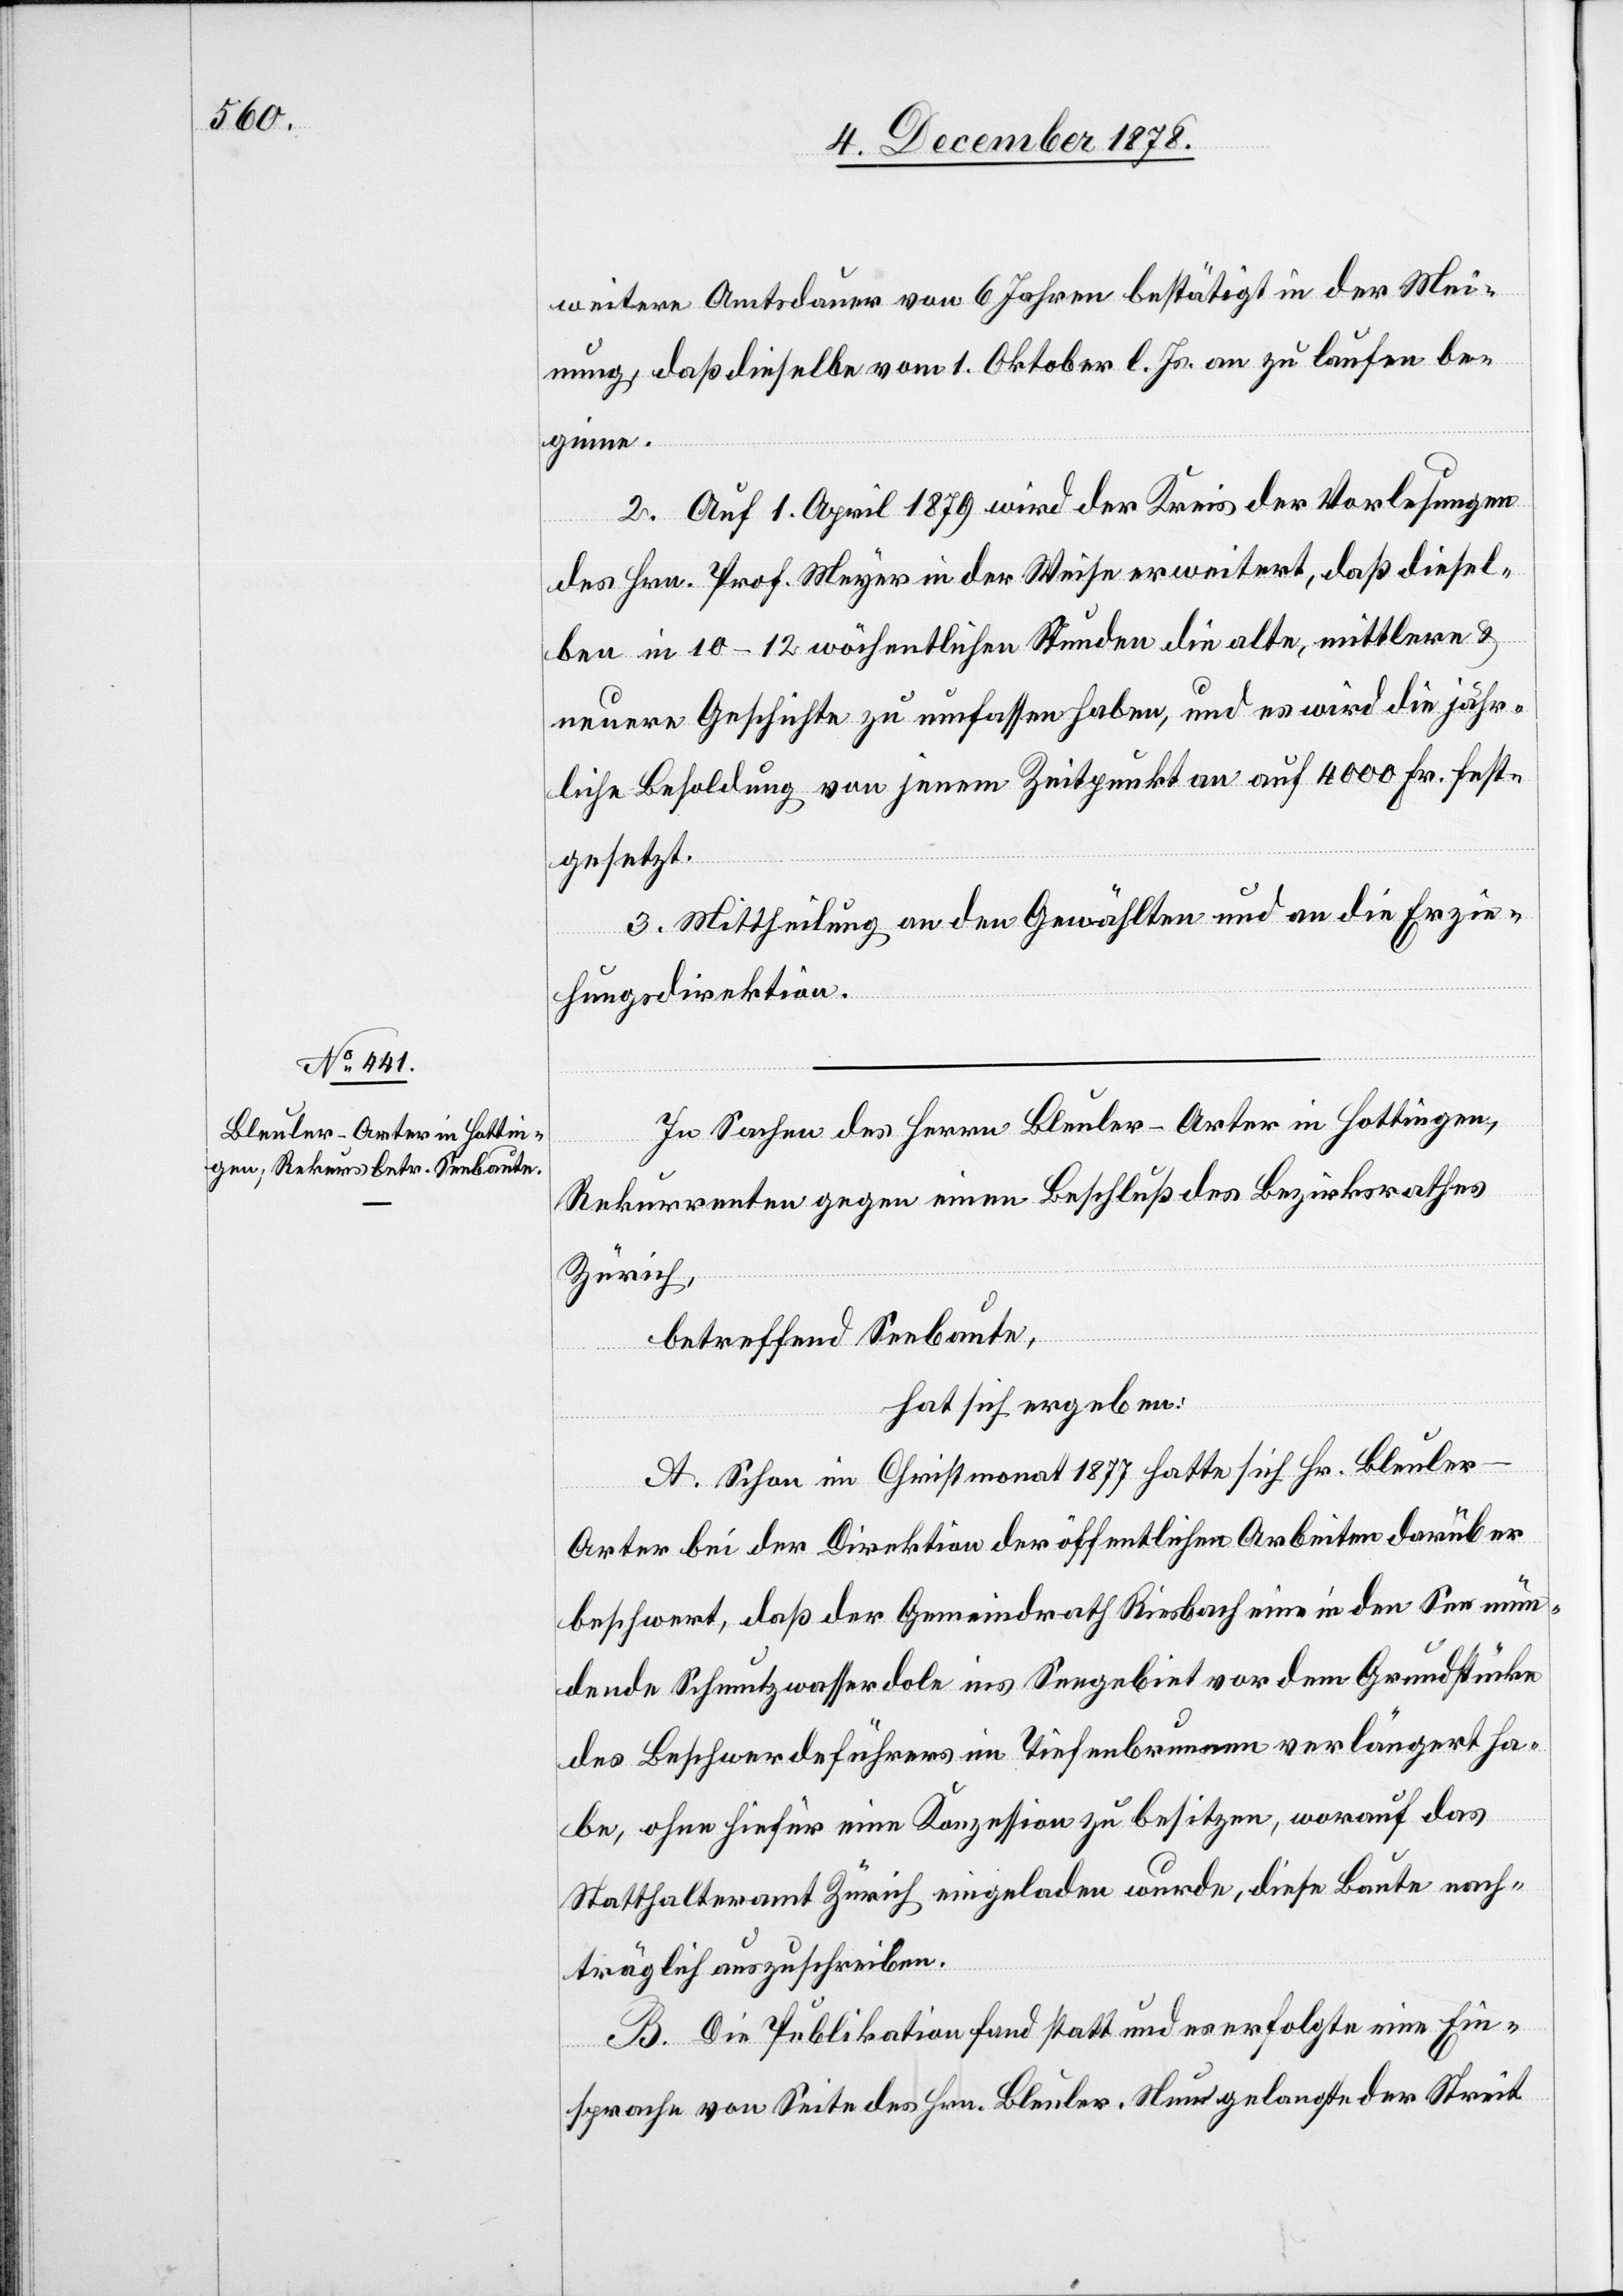
weitere Amtsdauer von 6 Jahren bestätigt in der Mei¬
nung, daß dieselbe vom 1. Oktober l. Js. an zu laufen be¬
ginne.
2. Auf 1. April 1879 wird der Kreis der Vorlesungen
des Hrn. Prof. Meyer in der Weise erweitert, daß diesel¬
ben in 10–12 wöchentlichen Stunden die alte, mittlere &
neuere Geschichte zu umfassen haben, und es wird die jähr¬
liche Besoldung von jenem Zeitpunkt an auf 4000 Fr. fest¬
gesetzt.
3. Mittheilung an den Gewählten und an die Erzie¬
hungsdirektion.
In Sachen des Herrn Bleuler-Arter in Hottingen,
Rekurrenten gegen einen Beschluß des Bezirksrathes
Zürich,
betreffend Seebaute,
hat sich ergeben:
A. Schon im Christmonat 1877 hatte sich Hr. Bleuler-A¬
rter bei der Direktion der öffentlichen Arbeiten darüber
beschwert, daß der Gemeindrath Riesbach eine in den See mün¬
dende Schmutzwasserdole ins Seegebiet vor dem Grundstücke
des Beschwerdeführers im Tiefenbrunnen verlängert ha¬
be, ohne hiefür eine Konzession zu besitzen, worauf das
Statthalteramt Zürich eingeladen wurde, diese Baute nach¬
träglich auszuschreiben.
B. Die Publikation fand statt und es erfolgte eine Ein¬
sprache von Seiten des Hrn. Bleuler. Nun gelangte der Streit